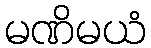
မဏိမယံ